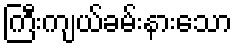
ကြီးကျယ်ခမ်းနားသော